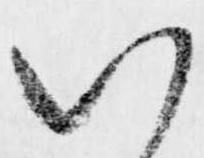
い